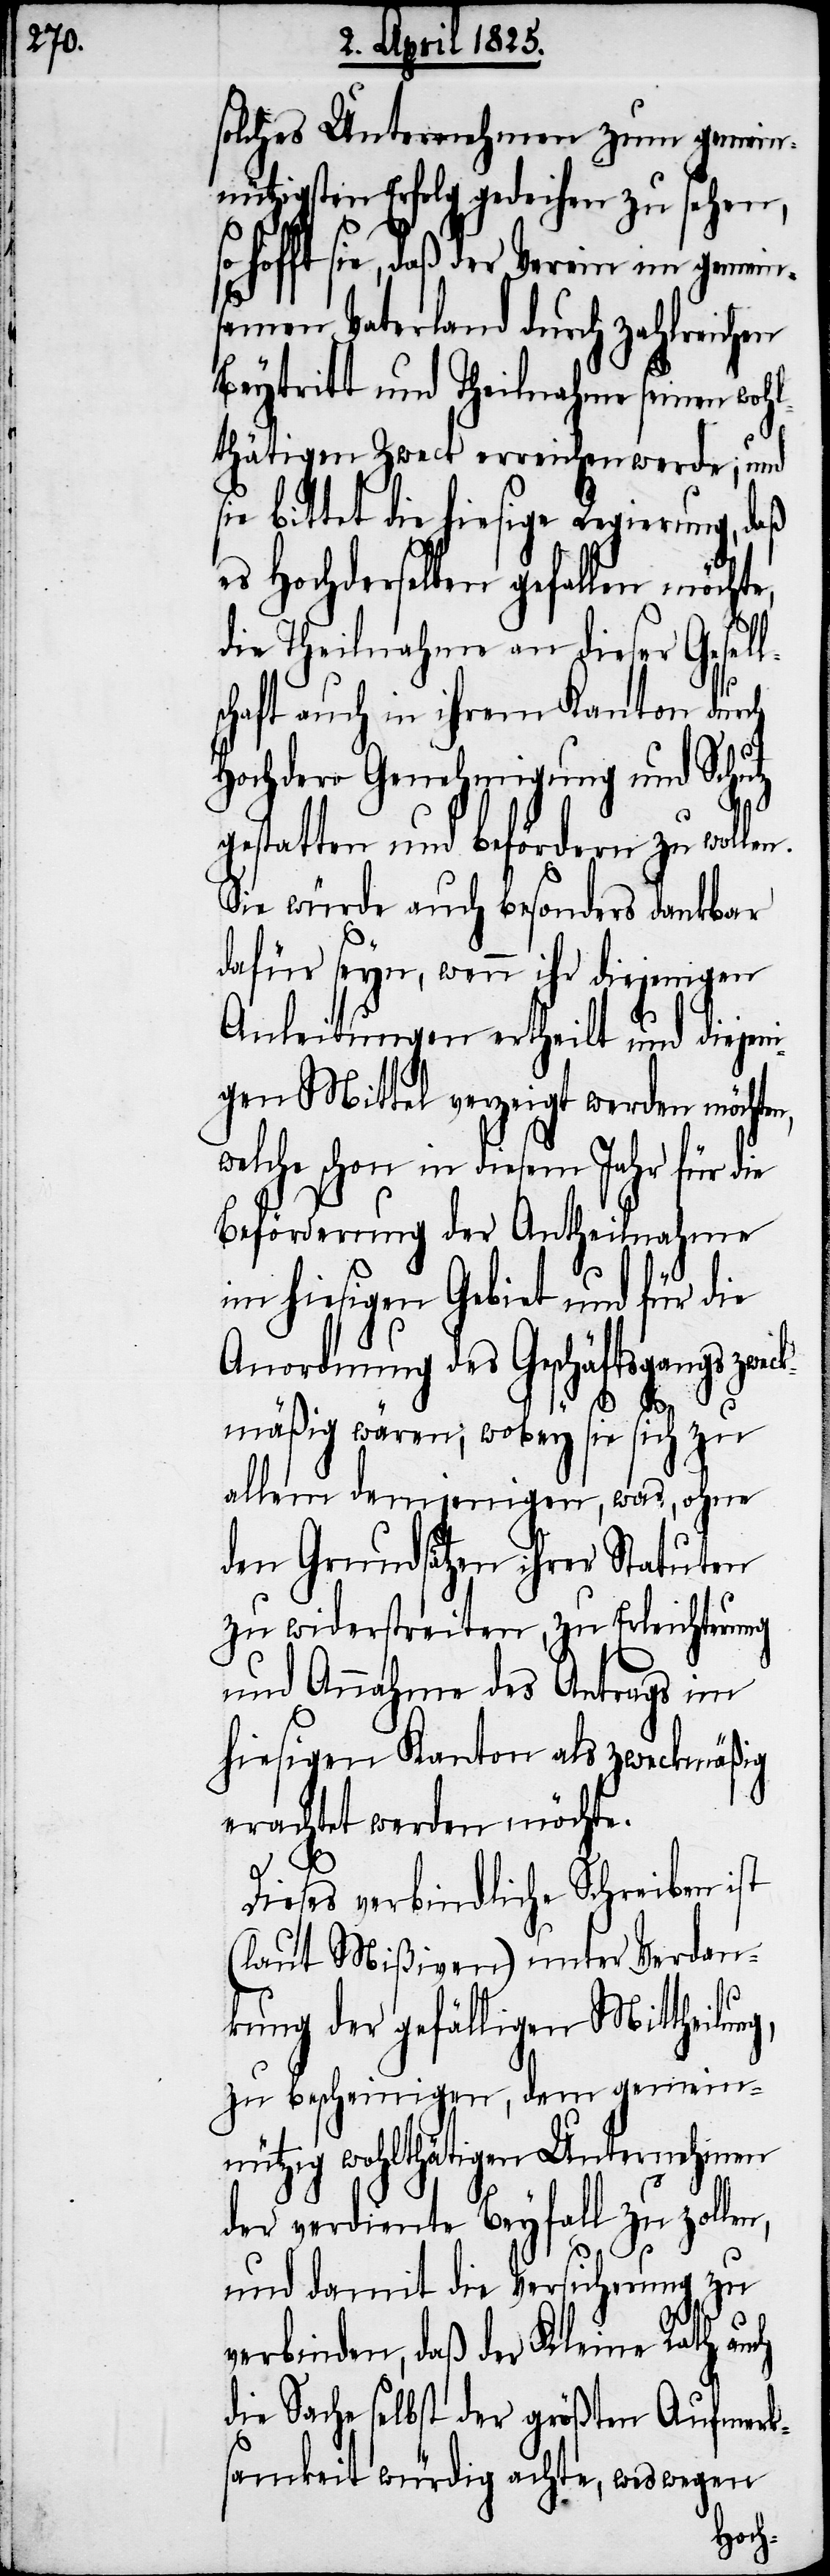
solches Unternehmen zum gemein¬
nützigsten Erfolg gedeihen zu sehen,
hofft sie, daß der Verein im gemein¬
samen Vaterland durch zahlreichen
Beytritt und Theilnahme seinen woh¬
lthätigen Zweck erreichen werde; und
sie bittet die hiesige Regierung, daß
es Hochderselben gefallen möcht¬
die Theilnahme an dieser Gesel¬
schaft auch in ihrem Kanton durch
Hochdero Genehmigung und Schutz
gestatten und befördern zu wollen.
Sie würde auch besonders dankbar
dafür seyn, wenn ihr diejenigen
Anleitungen ertheilt und diejen¬
igen Mittel verzeigt werden möchte¬
welche schon in diesem Jahr für die
Beförderung der Antheilnahme
im hiesigen Gebiet und für die
Anordnung des Geschäftsgangs zwe¬
mäßig wären; wobey sie sich zu
allem demjenigen, was, ohne
den Grundsätzen ihrer Statuten
zu widerstreiten, zu Erleichterung
und Annahme des Antrags im
hiesigen Kanton als zweckmäßig
erachtet werden möchte.
ch
Dieses verbindliche Schreiben ist
(laut Mißiven) unter Verdan¬
kung der gefälligen Mittheilu¬
zu bescheinigen, dem gemein¬
nützig wohlthätigen Unternehmen
der verdiente Beyfall zu zollen,
und damit die Versicherung zu
verbinden, daß der Kleine Rath au¬
die Sache selbst der größten Aufmerk¬
samkeit würdig achte, weswegen